Indian journal of veterinary science and animal husbandry - Volumes 18-21, 1948-1951
Year: 1948
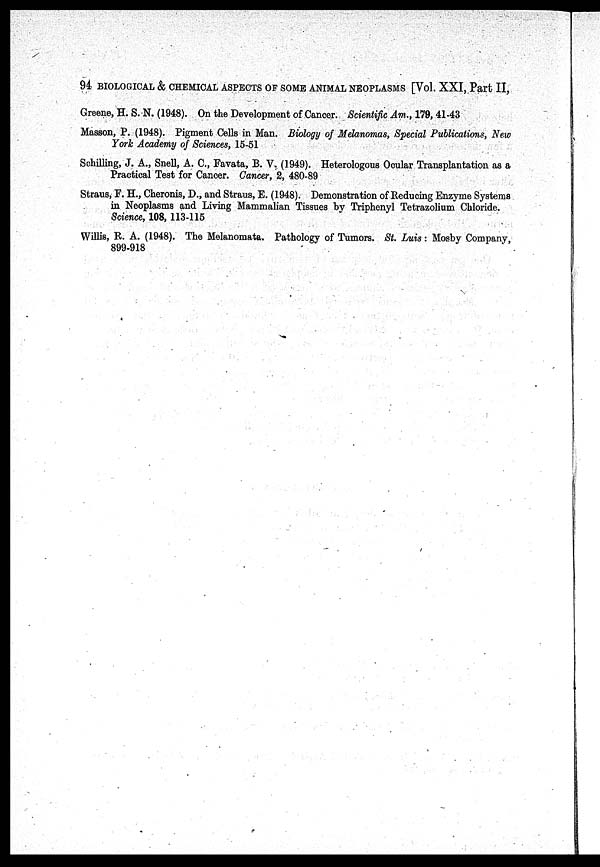
94 BIOLOGICAL & CHEMICAL ASPECTS OF SOME ANIMAL NEOPLASMS [Vol. XXI, Part II,
Greene, H. S. N. (1948). On the Development of Cancer. Scientific Am., 179, 41-43
Masson, P. (1948). Pigment Cells in Man. Biology of Melanomas, Special Publications, New
York Academy of Sciences, 15-51
Schilling, J. A., Snell, A. C., Favata, B. V. (1949). Heterologous Ocular Transplantation as a
Practical Test for Cancer. Cancer, 2, 480-89
Straus, F. H., Cheronis, D., and Straus, E. (1948). Demonstration of Reducing Enzyme Systems
in Neoplasms and Living Mammalian Tissues by Triphenyl Tetrazolium Chloride.
Science, 108, 113-115
Willis, R. A. (1948). The Melanomata. Pathology of Tumors. St. Luis: Mosby Company,
899-918